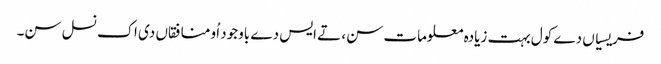
فریسیاں دے کول بہت زیادہ معلومات سن، تے ایس دے باوجود اُو منافقاں دی اک نسل سن۔